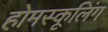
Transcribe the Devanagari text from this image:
होमस्कूलिंग